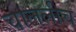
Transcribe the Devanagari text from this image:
चाललीच